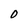
Character: O